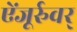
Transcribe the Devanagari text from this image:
ऐंजूर्रुवर्